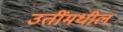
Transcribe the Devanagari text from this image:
उतींमधील